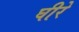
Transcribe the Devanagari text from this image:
घीरे